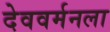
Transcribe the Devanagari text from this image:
देववर्मनला